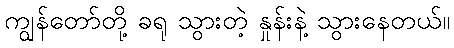
ကျွန်တော်တို့ ခရု သွားတဲ့ နှုန်းနဲ့ သွားနေတယ်။